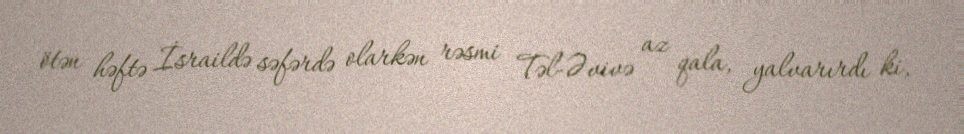
ötən həftə İsraildə səfərdə olarkən rəsmi Təl-Əvivə az qala, yalvarırdı ki,